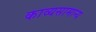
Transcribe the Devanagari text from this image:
काव्यसामान्य